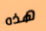
هذه